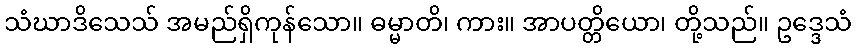
သံဃာဒိသေသ် အမည်ရှိကုန်သော။ ဓမ္မာတိ၊ ကား။ အာပတ္တိယော၊ တို့သည်။ ဥဒ္ဒေသံ